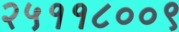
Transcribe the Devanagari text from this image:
२५११८००९